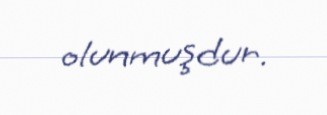
olunmuşdur.